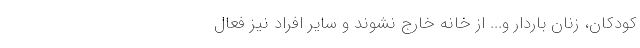
کودکان، زنان باردار و... از خانه خارج نشوند و سایر افراد نیز فعال